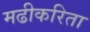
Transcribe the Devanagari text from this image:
मढीकरिता